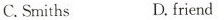
C.Smiths D.friend